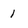
Character: 1